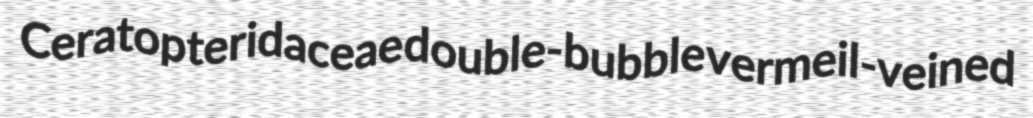
Ceratopteridaceae double-bubble vermeil-veined